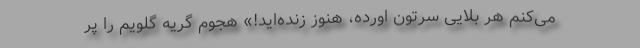
می‌کنم هر بلایی سرتون اورده، هنوز زنده‌اید!» هجوم گریه گلویم را پُر